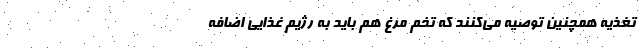
تغذیه همچنین توصیه می‌کنند که تخم مرغ هم باید به رژیم غذایی اضافه